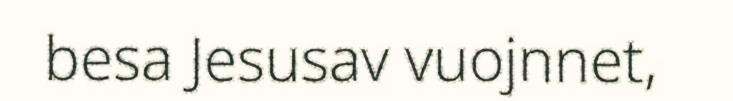
besa Jesusav vuojnnet,